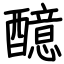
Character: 醷